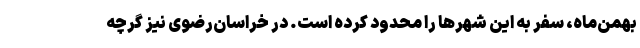
بهمن‌ماه، سفر به این شهرها را محدود کرده است. در خراسان‌رضوی نیز گرچه